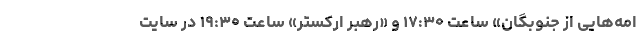
امه‌هایی از جنوبگان» ساعت ۱۷:۳۰ و «رهبر ارکستر» ساعت ۱۹:۳۰ در سایت